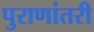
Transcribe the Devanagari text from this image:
पुराणांतरी